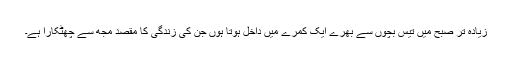
زیادہ تر صبح میں تیس بچوں سے بھرے ایک کمرے میں داخل ہوتا ہوں جن کی زندگی کا مقصد مجھ سے چھٹکارا ہے۔